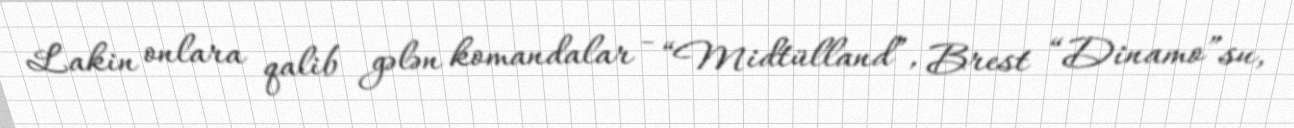
Lakin onlara qalib gələn komandalar - “Midtülland”, Brest “Dinamo”su,